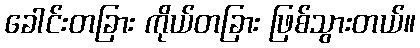
ခေါင်းတခြား ကိုယ်တခြား ဖြစ်သွားတယ်။